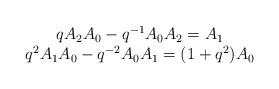
LaTeX: \begin{align*}\begin{array}{ccc}q A_{2}A_{0}-q^{-1}A_{0}A_{2}=A_{1}\\q^{2}A_{1}A_{0}-q^{-2}A_{0}A_{1}=(1+q^{2})A_{0}\end{array}\end{align*}